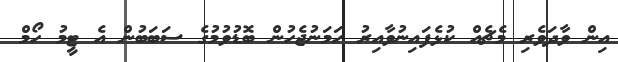
އިން ވާދަވެރި މެޗެއް ކުޅެފައިނުވާއިރު ހަމަނުޖެހުން ބޮޑުވުމުގެ ސަބަބުން އެ ޓީމު ހޯމް